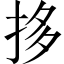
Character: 拸